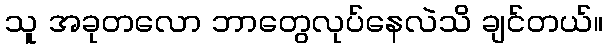
သူ အခုတလော ဘာတွေလုပ်နေလဲသိ ချင်တယ်။